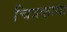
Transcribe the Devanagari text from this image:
चित्रकाया